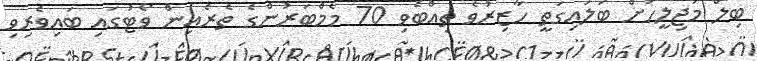
ބިލް މަޖިލީހަށް ބަލައިގަތީ ހާޒިރުވެ ތިއްބެވި 70 މެމްބަރުންގެ ތެރެއިން ވޯޓުގައި ބައިވެރިވި